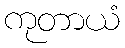
ကုတာယံ